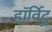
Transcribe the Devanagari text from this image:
हॉर्विट्ज